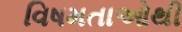
વિષમતાઓથી